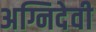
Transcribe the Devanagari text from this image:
अग्निदेवी